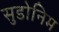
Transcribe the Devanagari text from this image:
सुडोनिम